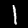
Digit: 1